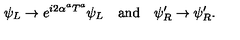
\psi _ { L } \to e ^ { i 2 \alpha ^ { a } T ^ { a } } \psi _ { L } \quad \mathrm { a n d } \quad \psi _ { R } ^ { \prime } \to \psi _ { R } ^ { \prime } .